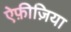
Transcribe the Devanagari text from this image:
ऐफ़ीज़िया